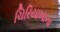
ચિરિયાખાના